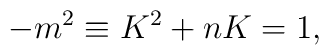
-m^{2}\equiv K^{2}+nK=1,